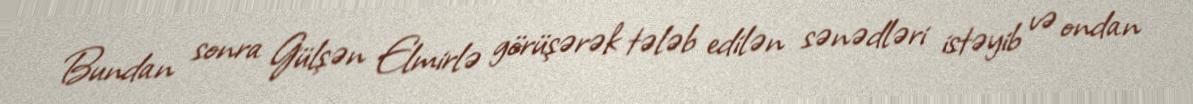
Bundan sonra Gülşən Elmirlə görüşərək tələb edilən sənədləri istəyib və ondan